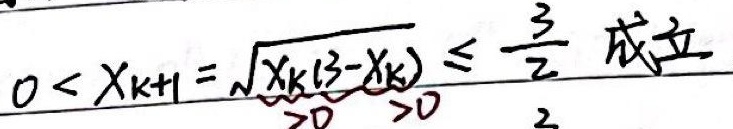
$0 < x_{k + 1} = \sqrt{x_{k}(3 - x_{k})} \leq \frac{3}{2}$ 成立